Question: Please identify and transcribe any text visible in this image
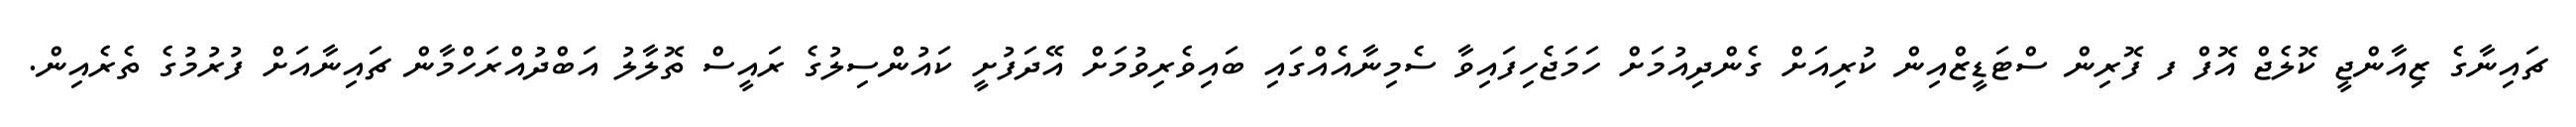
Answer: ޗައިނާގެ ޒިއާންޖީ ކޮލެޖް އޮފް ފ ފޮރިން ސްޓަޑީޒްއިން ކުރިއަށް ގެންދިއުމަށް ހަމަޖެހިފައިވާ ސެމިނާއެއްގައި ބައިވެރިވުމަށް އޭދަފުށީ ކައުންސިލުގެ ރައީސް ތޮލާލު އަބްދުއްރަހްމާން ޗައިނާއަށް ފުރުމުގެ ތެރެއިން.